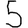
Digit: 5